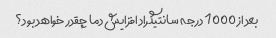
بعد از 1000 درجه سانتیگراد افزایش دما چقدر خواهد بود؟